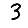
Digit: 3